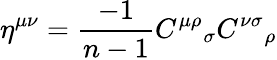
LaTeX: \eta^{\mu\nu}=\frac{-1}{n-1}{C^{\mu\rho}}_{\sigma}{C^{\nu\sigma}}_{\rho}